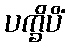
ပက္ခိပိံ